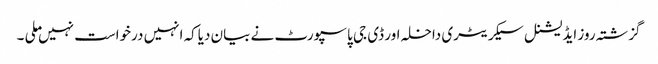
گزشتہ روز ایڈیشنل سیکریٹری داخلہ اور ڈی جی پاسپورٹ نے بیان دیاکہ انہیں درخواست نہیں ملی ۔